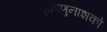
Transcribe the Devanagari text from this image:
शुक्राणुनाशको